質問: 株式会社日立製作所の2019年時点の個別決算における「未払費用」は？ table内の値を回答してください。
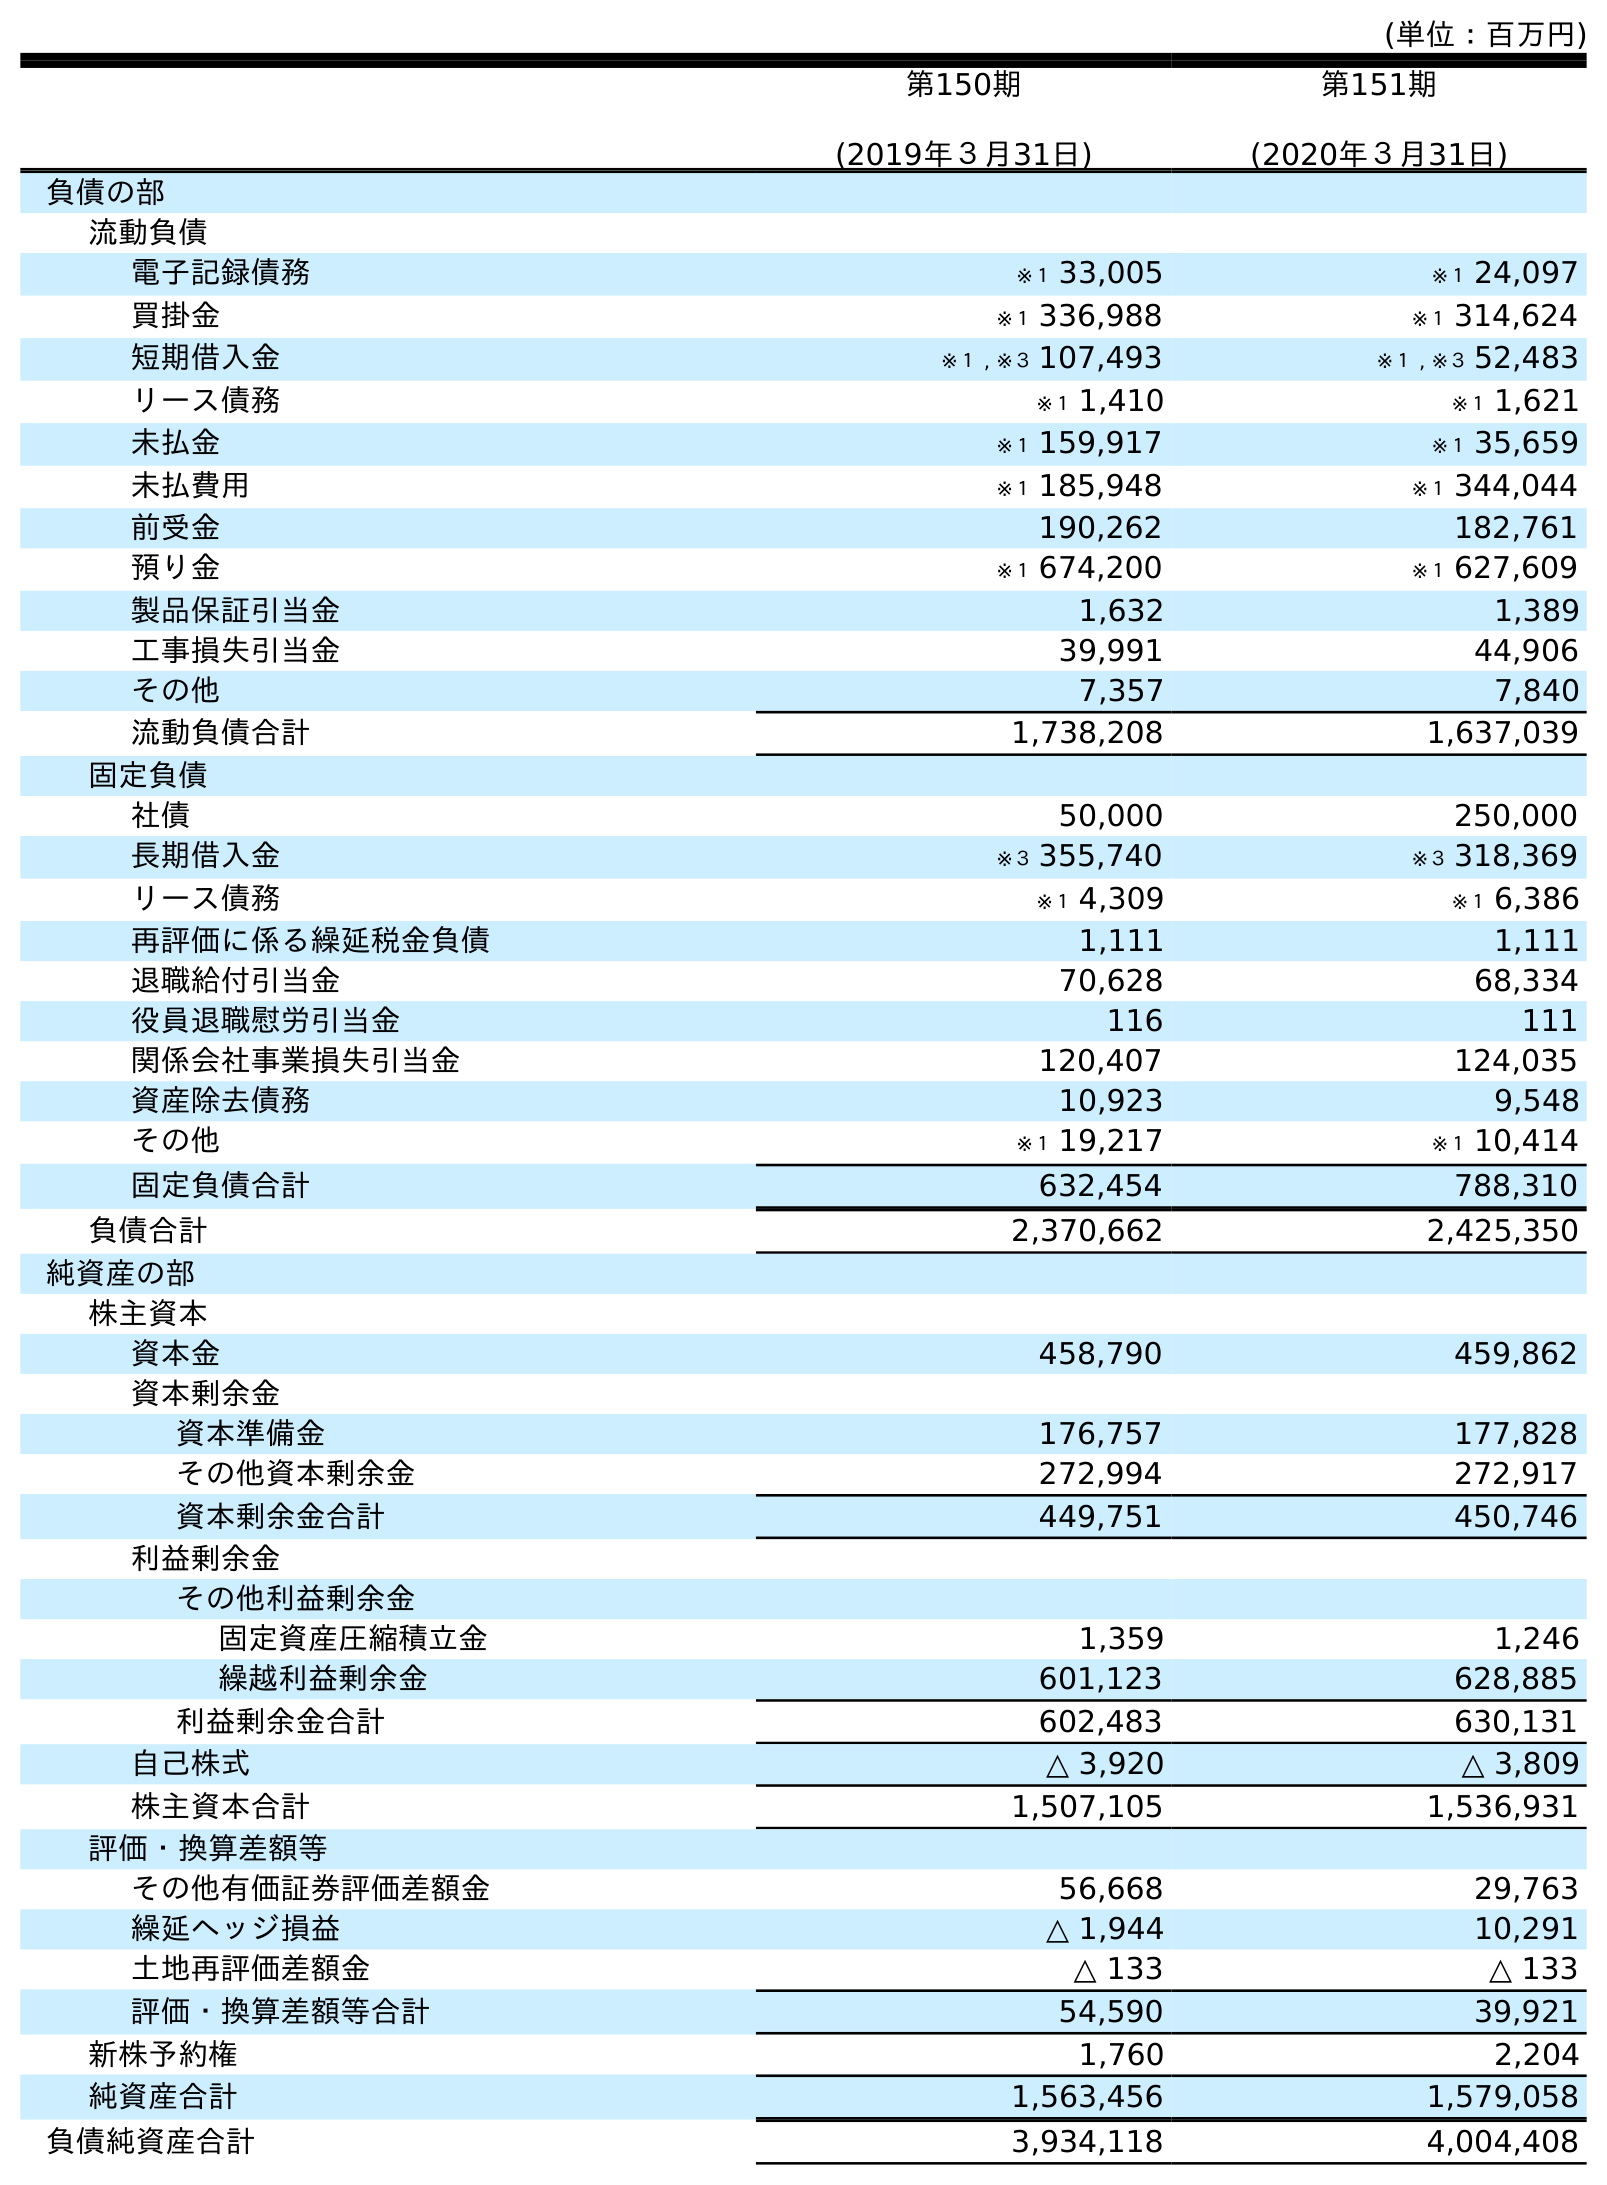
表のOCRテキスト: (単位：百万円) 第150期 (2019年３月31日) 第151期 (2020年３月31日) 負債の部 流動負債 電子記録債務 ※１ 33,005 ※１ 24,097 買掛金 ※１ 336,988 ※１ 314,624 短期借入金 ※１ , ※３ 107,493 ※１ , ※３ 52,483 リース債務 ※１ 1,410 ※１ 1,621 未払金 ※１ 159,917 ※１ 35,659 未払費用 ※１ 185,948 ※１ 344,044 前受金 190,262 182,761 預り金 ※１ 674,200 ※１ 627,609 製品保証引当金 1,632 1,389 工事損失引当金 39,991 44,906 その他 7,357 7,840 流動負債合計 1,738,208 1,637,039 固定負債 社債 50,000 250,000 長期借入金 ※３ 355,740 ※３ 318,369 リース債務 ※１ 4,309 ※１ 6,386 再評価に係る繰延税金負債 1,111 1,111 退職給付引当金 70,628 68,334 役員退職慰労引当金 116 111 関係会社事業損失引当金 120,407 124,035 資産除去債務 10,923 9,548 その他 ※１ 19,217 ※１ 10,414 固定負債合計 632,454 788,310 負債合計 2,370,662 2,425,350 純資産の部 株主資本 資本金 458,790 459,862 資本剰余金 資本準備金 176,757 177,828 その他資本剰余金 272,994 272,917 資本剰余金合計 449,751 450,746 利益剰余金 その他利益剰余金 固定資産圧縮積立金 1,359 1,246 繰越利益剰余金 601,123 628,885 利益剰余金合計 602,483 630,131 自己株式 △ 3,920 △ 3,809 株主資本合計 1,507,105 1,536,931 評価・換算差額等 その他有価証券評価差額金 56,668 29,763 繰延ヘッジ損益 △ 1,944 10,291 土地再評価差額金 △ 133 △ 133 評価・換算差額等合計 54,590 39,921 新株予約権 1,760 2,204 純資産合計 1,563,456 1,579,058 負債純資産合計 3,934,118 4,004,408
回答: ※１185,948